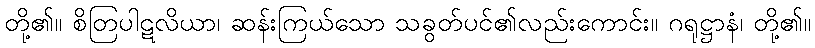
တို့၏။ စိတြပါဋလိယာ၊ ဆန်းကြယ်သော သခွတ်ပင်၏လည်းကောင်း။ ဂရုဋ္ဌာနံ၊ တို့၏။